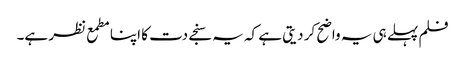
فلم پہلے ہی یہ واضح کر دیتی ہے کہ یہ سنجے دت کا اپنا مطمع نظر ہے۔